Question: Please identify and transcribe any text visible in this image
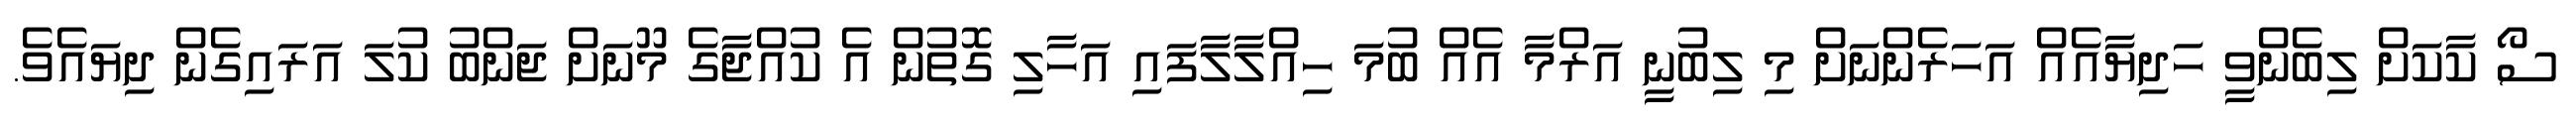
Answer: ސޯ ކާކަށް ލިބެންވީ ހަދިޔާއެއް އަހަރެންނަށް މި ލިބުނީ އަރްމާ އެއް ބުމަ ހިއްލާލާފައި އަހާލި ގޮތުން އެ ކުއްޖާގެ މޫނަށް ޖަންބު ކުލަ އަރައިގެން ދިޔައެވެ.